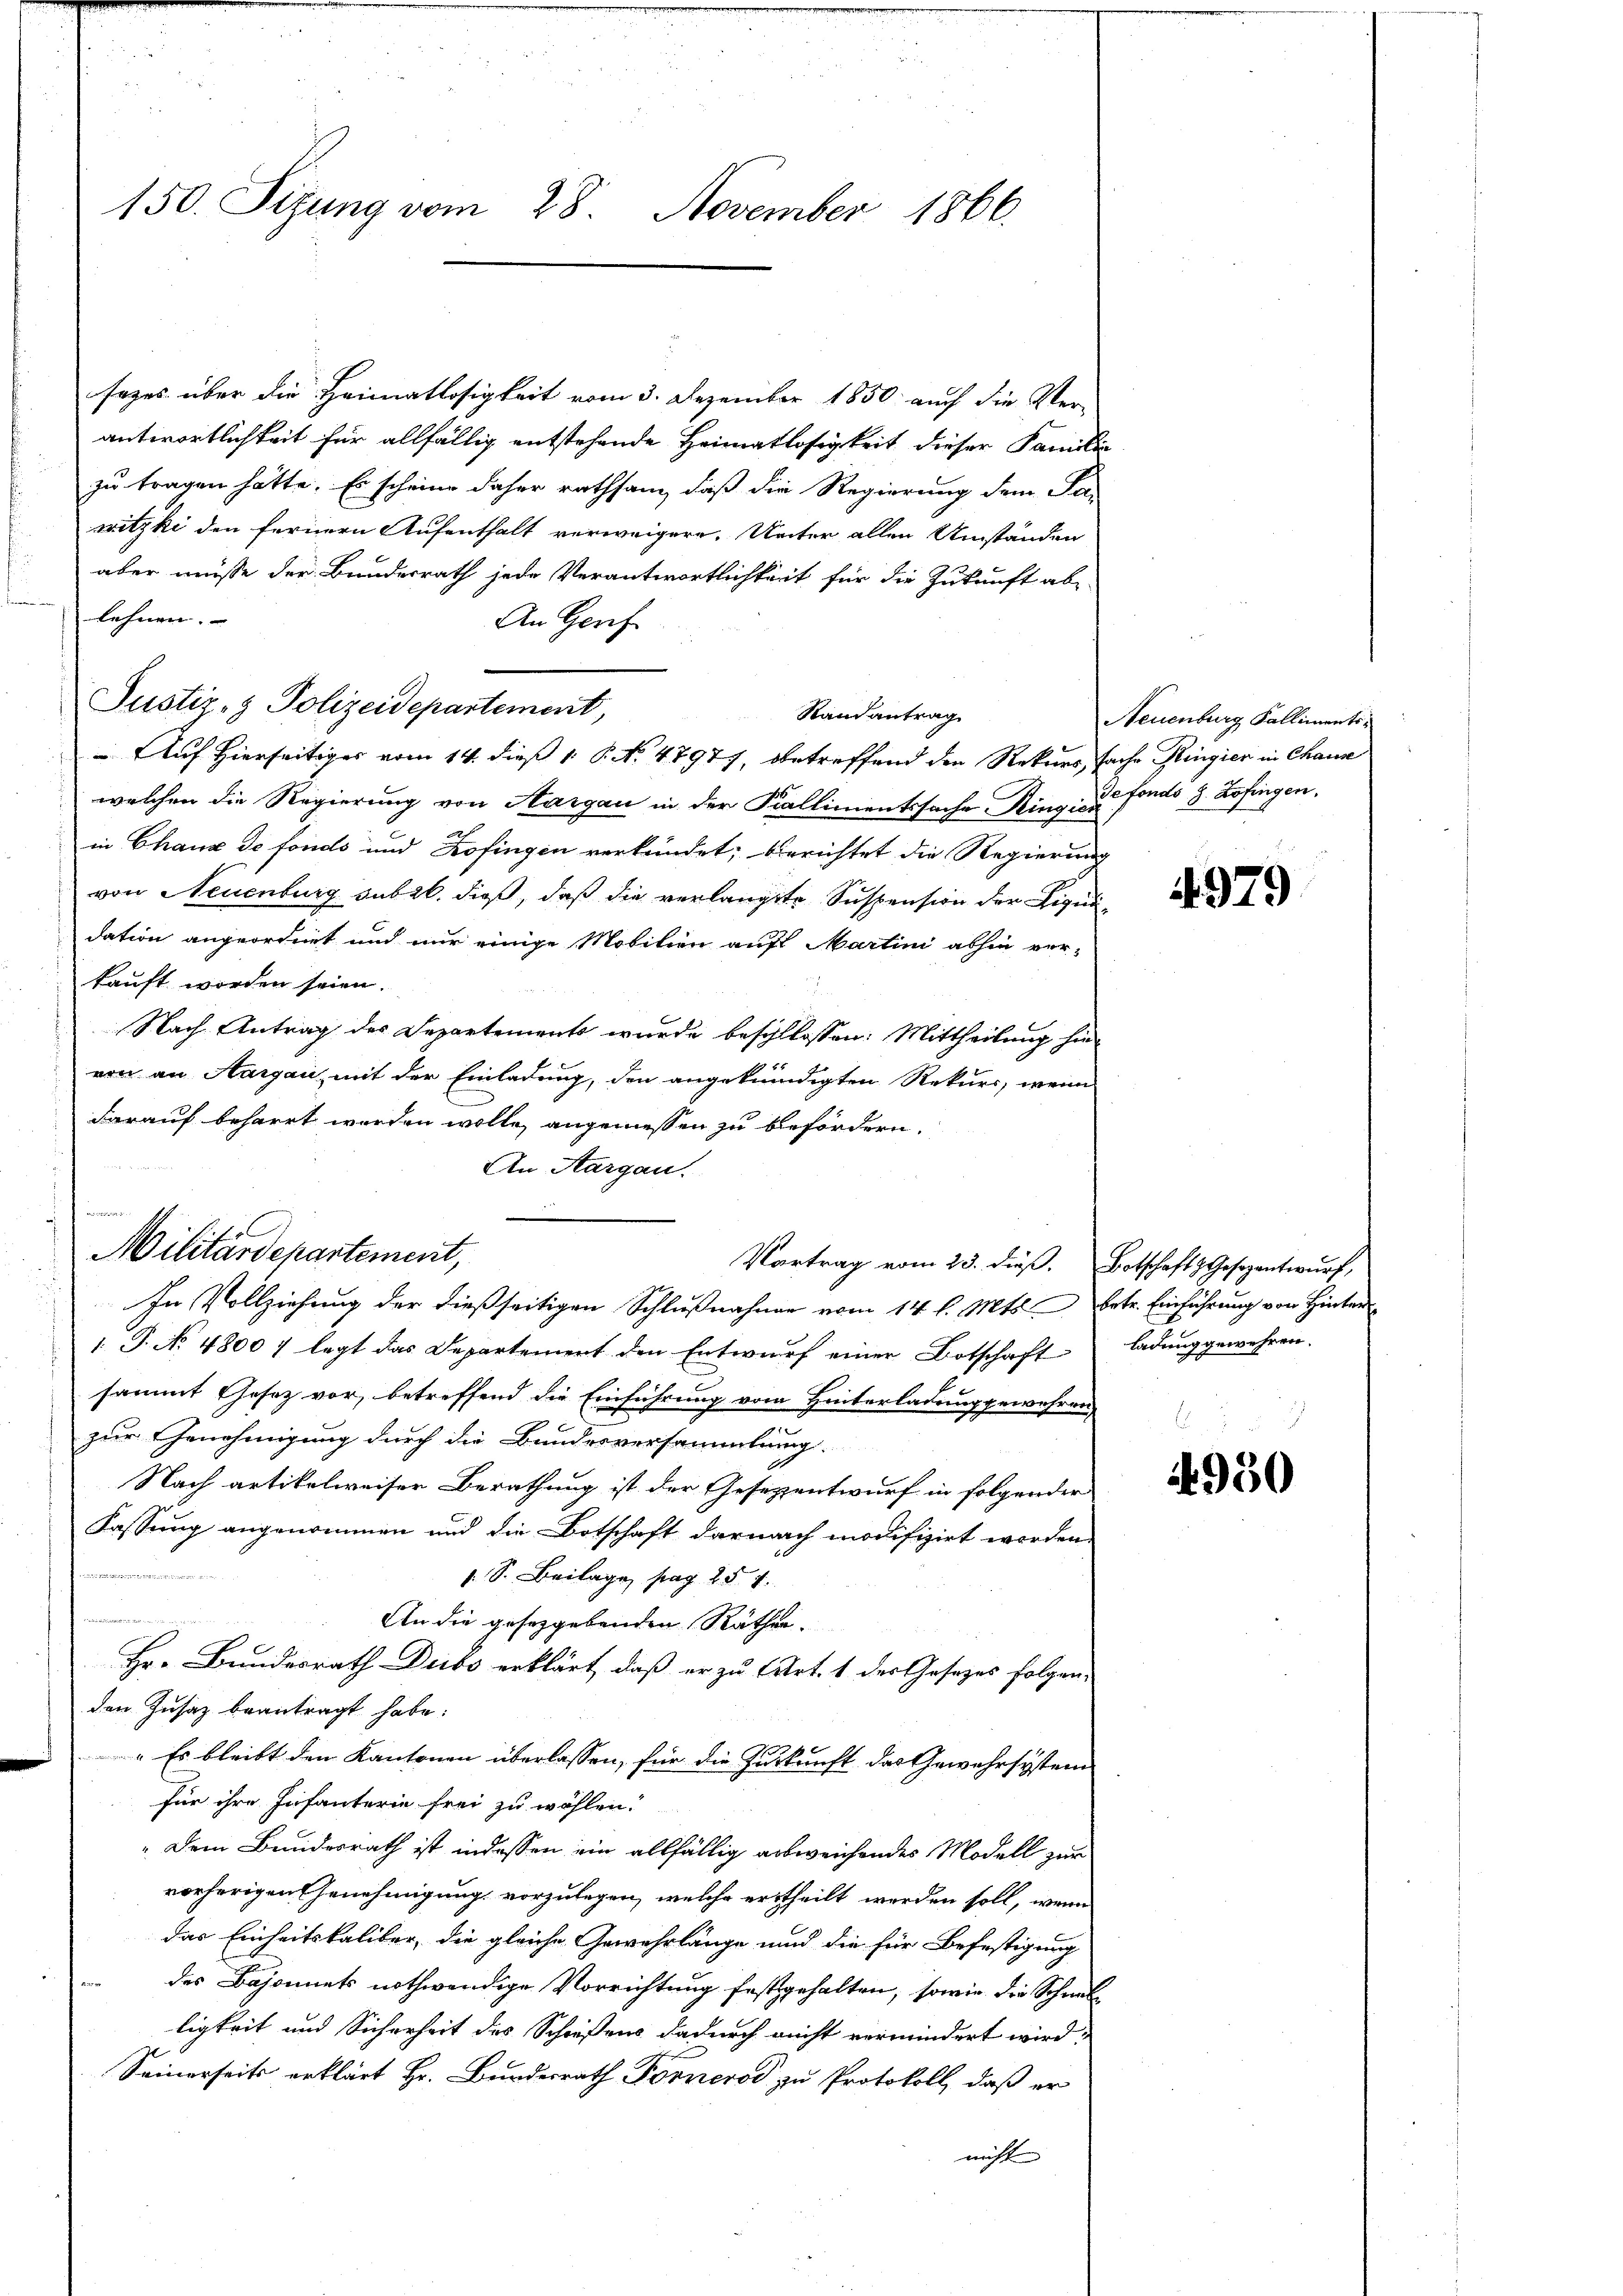
150. Sizung vom 28. November 1866.

sezes über die Heimatlosigkeit vom 3. Dezember 1850 auch die Verantwortlichkeit für allfällig entstehende Heimatlosigkeit dieser Familie
zu tragen hätte. Es scheine daher rathsam, daß die Regierung dem Fa
witzki den fernern Aufenthalt verweigern, Unter allen Umständen
aber müsse der Bundesrath jede Verantwortlichkeit für die Zukunft ab-
lehnen. |
An Gerh
Randantrag
 Auf Hierseitiges vom 14. dieß 1 S. No 47977, betreffend den Rekurssache Ringier in Chause
welchen die Regierung von Aargau in der Kallimentssache Ring: d. Fonds 8 Zofingen,
in Chaux de fonds und Kofingen verkündet; berichtet die Regierung
von Neuenburg subr. dieß, daß die verlangte Suspension der Liquidation angeordnet und nur einige Mobilien auf Martini abhin verkauft worden seien.
Nach Antrag des Departements wurde beschlossen: Mittheilung hievon an Aargau, mit der Einladung, den angekündigten Rekurs, wenn
darauf beharrt werden wolle, angemessen zu befördern.
An Aargau.
Vortrag vom 23. dieβ. Botschaft Gesezentwŭrf,
 P. No 48007 legt das Departement den Entwurf einer Botschaft
i
sammt Gesetz vor, betreffend die Einführung vom Hinterladung gewehren,
zur Genehmigung durch die Bundesversammlung.
Nach artikelweiser Berathung ist der Gesezzentwurf in folgender
Fassung angenommen und die Botschaft darnach modifizirt worden,
e
 S. Beilage, pag. 257.
gne de de
An die gesetzgebenden Räthen.
Hr. Bundesrath Dubs erklärt, daß er zu Art. 1 des Gesezes folgen,
den Zusaz beantragt habe.
" Es bleibt den Kantonen überlassen, für die Zukunft das Gewährsystem
für ihre Infanterie frei zu wählen.
„Dem Bundesrath ist indessen ein allfällig ausweichendes Modell zur
vorherigen Genehmigung vorzulegen, welche ertheilt werden soll, wenn
das Einheitskaliber, die gleiche Gewahrlänge und die für Befestigung
des Bajonnet nothwendige Vorrichtung festgehalten, sowie die Schnel-
ligkeit und Sicherheit des Schießens dadurch nicht vermindert wird,
Seinerseits erklärt Hr. Bundesrath Fornerod zu Protokoll, daß er
nicht

Justiz- & Polizeidepartement,

n
Militärdepartement,
In Vollziehung der dießseitigen Schlußnahmen vom 14. l. Mts. betr. Einführung von Hinter

Neuenburg Falliments¬

4979

ladung gewehren.

4950